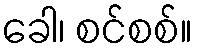
ခေါ၊ စင်စစ်။